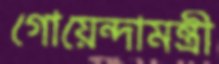
গোয়েন্দামন্ত্রী